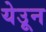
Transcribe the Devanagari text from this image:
येउून